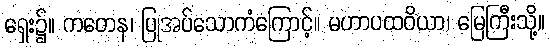
ရှေး၌။ ကတေန၊ ပြုအပ်သောကံကြောင့်။ မဟာပထဝိယာ၊ မြေကြီးသို့။